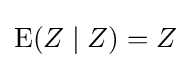
\operatorname {E} (Z\mid Z)=Z